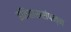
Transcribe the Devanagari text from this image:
इतिहाससंपन्न